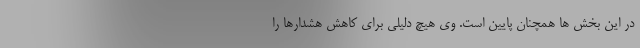
در این بخش ها همچنان پایین است. وی هیچ دلیلی برای کاهش هشدارها را